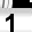
Digit: 1